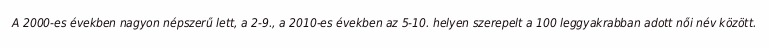
A 2000-es években nagyon népszerű lett, a 2-9., a 2010-es években az 5-10. helyen szerepelt a 100 leggyakrabban adott női név között.